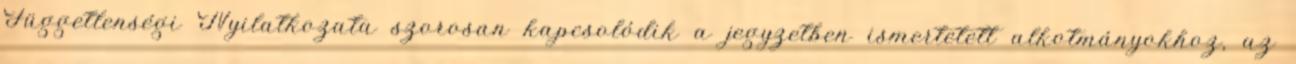
Függetlenségi Nyilatkozata szorosan kapcsolódik a jegyzetben ismertetett alkotmányokhoz, az